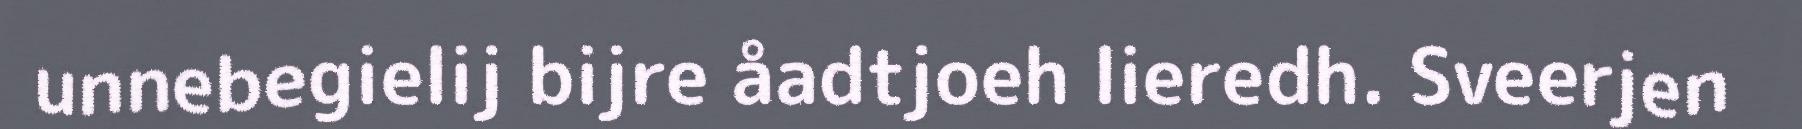
unnebegielij bijre åadtjoeh lieredh. Sveerjen